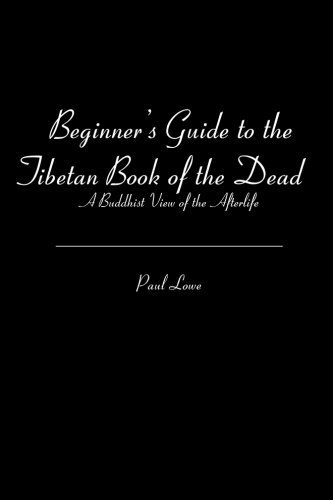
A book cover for Beginner's Guide to the Tibetan Book of the Dead: A Buddhist View of the Afterlife; Paul Lowe; Religion & Spirituality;